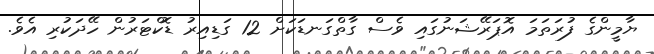
ޔާމީންގެ ފުރަތަމަ އޮޕަރޭޝަނުގައި ވެސް ގާތްގަނޑަކަށް 12 ގަޑިއިރު ޑޮކްޓަރުން ހޭދަކުރި އެވެ.